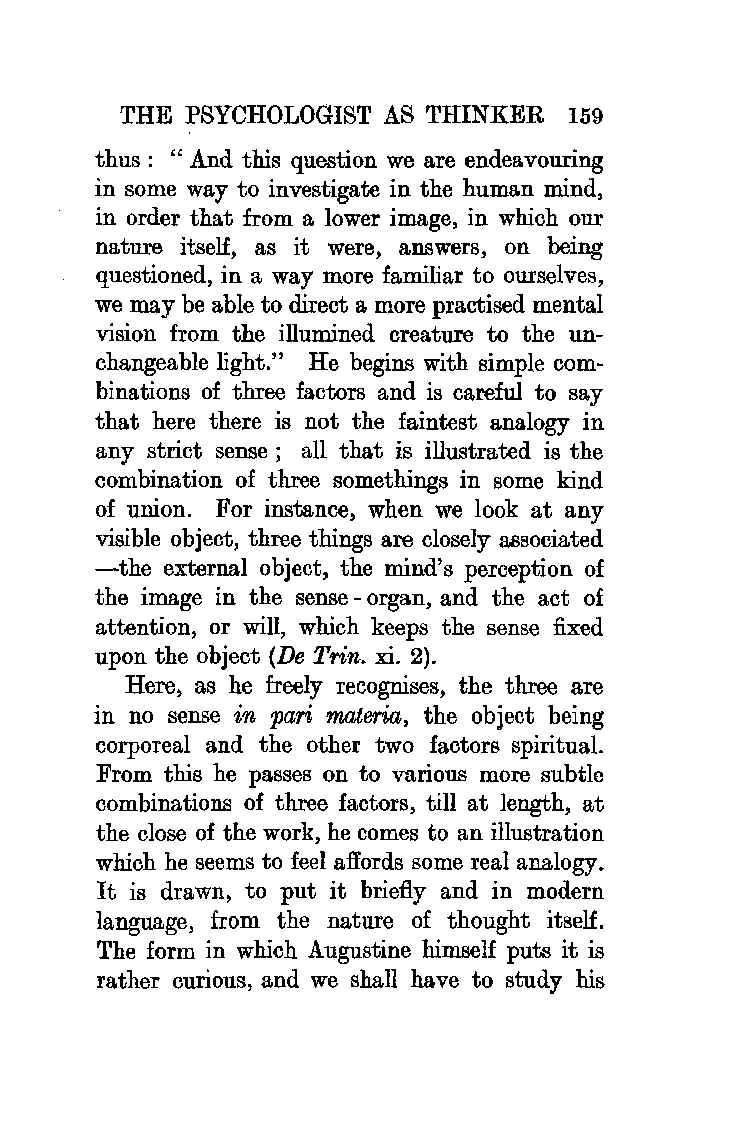
THE  PSYCHOLOGIST AS THINKER  159
 thus: "And this question we are endeavouring
 in some way to investigate in the human mind,
 in order that from a lower image, in which our
 nature itself, as it were, answers, on being
 questioned, in a way more familiar to ourselves,
 we may be able to direct a more practised mental
 vision from the illumined creature to the un
 changeable light." He begins with simple com
 binations of three factors and is careful to say
 that here there is not the faintest analogy in
 any strict sense; all that is illustrated is the
 combination of three somethings in some kind
 of union. For instance, when we look at any
 visible object, three things are closely associated
 -the external object, the mind's perception of
 the image in the sense -organ, and the act of
 attention, or will, which keeps the sense fixed
 upon the object (De T'fin. xi. 2).
 Here, as he freely recognises, the three are
 in no sense in pari materia, the object being
 corporeal and the other two factors spiritual.
 From this he passes on to various more subtle
 combinations of three factors, till at length, at
 the close of the work, he comes to an illustration
 which he seems to feel affords some real analogy.
 It is drawn, to put it briefly and in modern
 language, from the nature of thought itself.
 The form in which Augustine himself puts it is
 rather curious, and we shall have to study his